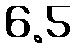
6.5